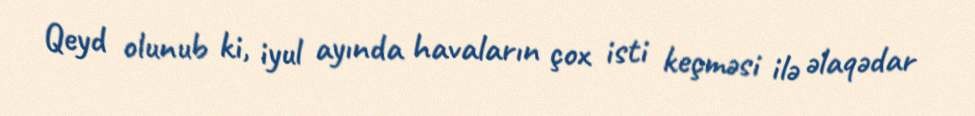
Qeyd olunub ki, iyul ayında havaların çox isti keçməsi ilə əlaqədar